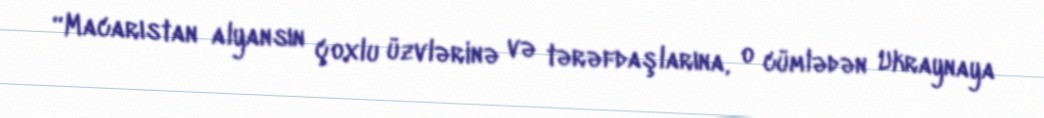
“Macarıstan alyansın çoxlu üzvlərinə və tərəfdaşlarına, o cümlədən Ukraynaya